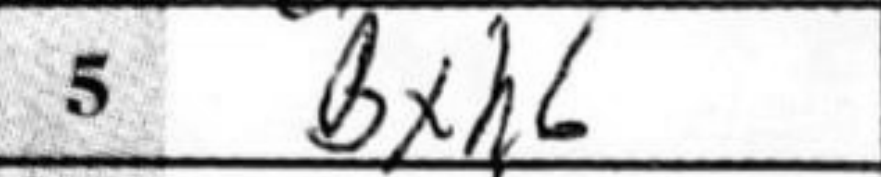
Transcription: Bxh6